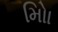
મોિા